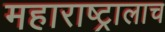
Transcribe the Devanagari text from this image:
महाराष्ट्रालाच